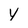
Character: V